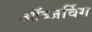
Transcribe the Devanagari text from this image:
ऑब्जर्विंग